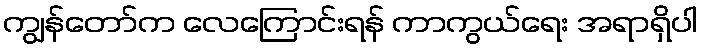
ကျွန်တော်က လေကြောင်းရန် ကာကွယ်ရေး အရာရှိပါ